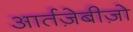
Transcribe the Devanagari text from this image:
आर्तज़ेबीज़ो